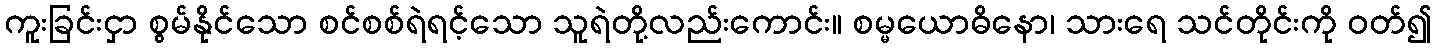
ကူးခြင်းငှာ စွမ်နိုင်သော စင်စစ်ရဲရင့်သော သူရဲတို့လည်းကောင်း။ စမ္မယောဓိနော၊ သားရေ သင်တိုင်းကို ဝတ်၍